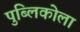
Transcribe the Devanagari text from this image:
पुब्लिकोला